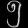
Digit: ၅